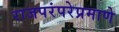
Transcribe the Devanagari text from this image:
राजपरंपरेप्रमाणे